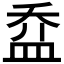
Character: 𥁢